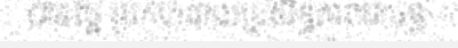
បានល្អ ប្រកបដោយប្រសិទ្ធភាពជាបន្ត